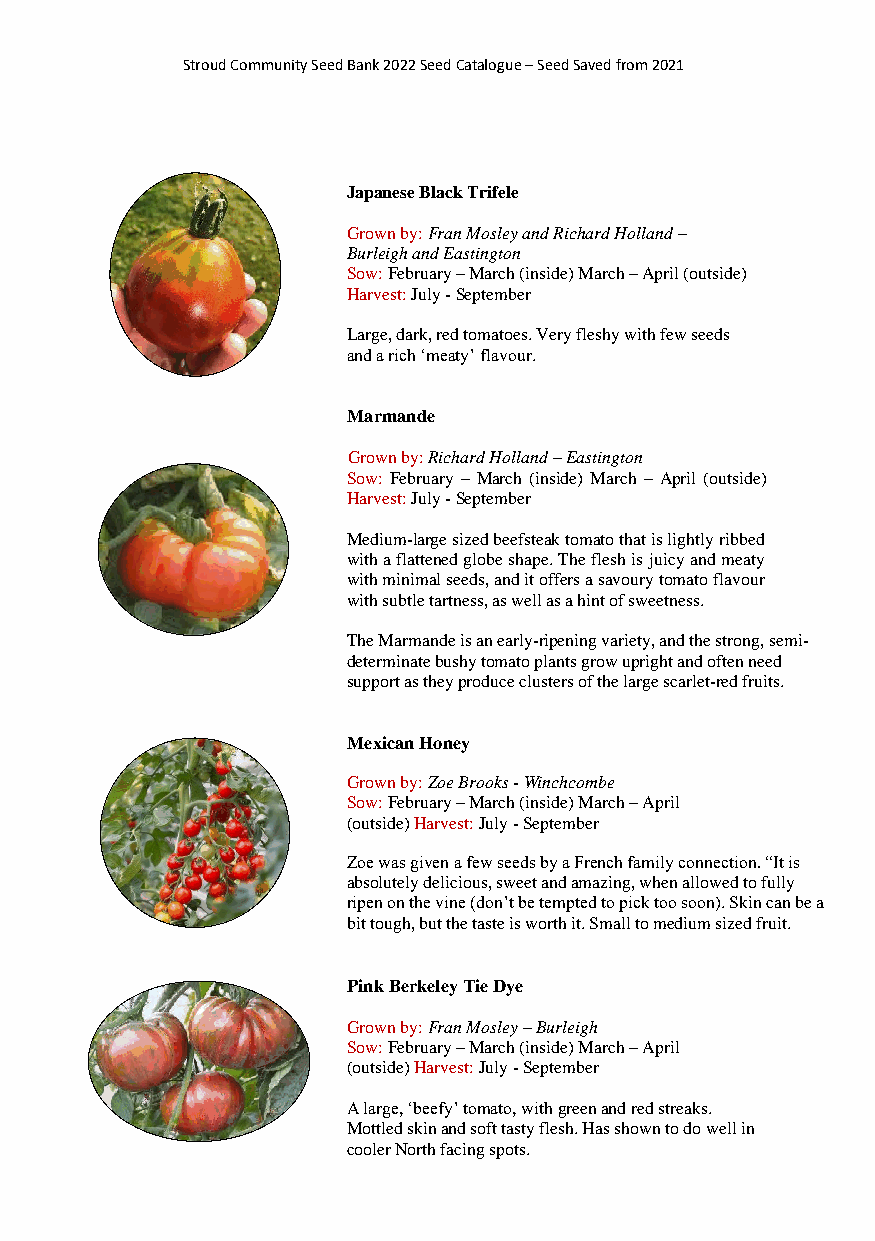
Stroud Community Seed Bank 2022 Seed Catalogue – Seed Saved from 2021
 Japanese Black Trifele
 Grown by: Fran Mosley and Richard Holland –
 Burleigh and Eastington
 Sow: February – March (inside) March – April (outside)
 Harvest: July - September
 Large, dark, red tomatoes. Very fleshy with few seeds
 and a rich ‘meaty’ flavour.
 Marmande
 Grown by: Richard Holland – Eastington
 Sow: February – March (inside) March – April (outside)
 Harvest: July - September
 Medium-large sized beefsteak tomato that is lightly ribbed
 with a flattened globe shape. The flesh is juicy and meaty
 with minimal seeds, and it offers a savoury tomato flavour
 with subtle tartness, as well as a hint of sweetness.
 The Marmande is an early-ripening variety, and the strong, semi-
 determinate bushy tomato plants grow upright and often need
 support as they produce clusters of the large scarlet-red fruits.
 Mexican Honey
 Grown by: Zoe Brooks - Winchcombe
 Sow: February – March (inside) March – April
 (outside) Harvest: July - September
 Zoe was given a few seeds by a French family connection. “It is
 absolutely delicious, sweet and amazing, when allowed to fully
 ripen on the vine (don’t be tempted to pick too soon). Skin can be a
 bit tough, but the taste is worth it. Small to medium sized fruit.
 Pink Berkeley Tie Dye
 Grown by: Fran Mosley – Burleigh
 Sow: February – March (inside) March – April
 (outside) Harvest: July - September
 A large, ‘beefy’ tomato, with green and red streaks.
 Mottled skin and soft tasty flesh. Has shown to do well in
 cooler North facing spots.